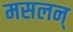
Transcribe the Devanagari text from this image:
मसलन्